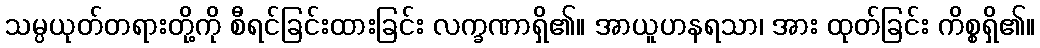
သမ္ပယုတ်တရားတို့ကို စီရင်ခြင်းထားခြင်း လက္ခဏာရှိ၏။ အာယူဟနရသာ၊ အား ထုတ်ခြင်း ကိစ္စရှိ၏။